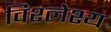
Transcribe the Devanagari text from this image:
विश्लेश्य